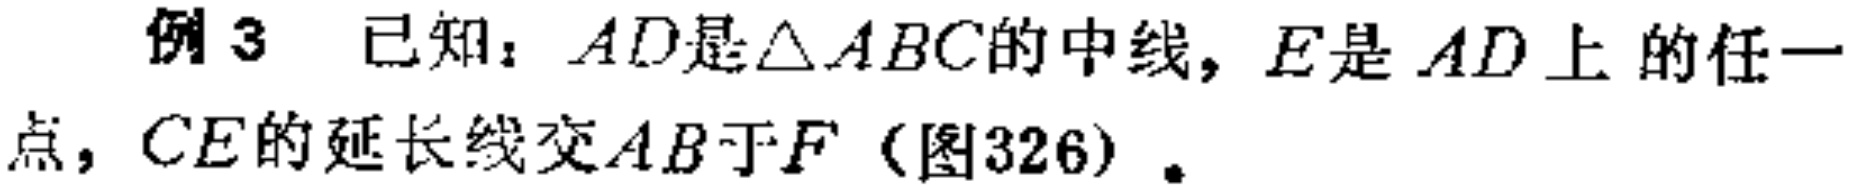
例3 已知：$AD$是$\triangle ABC$的中线，$E$是$AD$上的任一点，$CE$的延长线交$AB$于$F$（图326）.